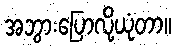
အဘွားပြောလို့ယုံတာ။